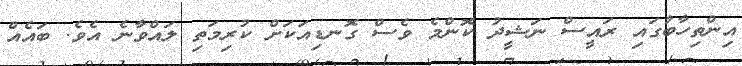
އިންތިހާބުގައި ރައީސް ނަޝީދު ކޮންމެ ވެސް ގޮނޑިއަކަށް ކުރިމަތި ލައްވާނެ އެވެ. ބައެއް